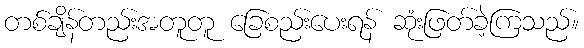
တစ်ချိန်တည်းအတူတူ ခြေစည်းပေးရန် ဆုံးဖြတ်ခဲ့ကြသည်။